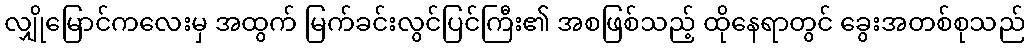
လျှိုမြောင်ကလေးမှ အထွက် မြက်ခင်းလွင်ပြင်ကြီး၏ အစဖြစ်သည့် ထိုနေရာတွင် ခွေးအတစ်စုသည်